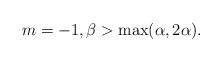
LaTeX: \begin{align*}m=-1, \beta > \max (\alpha,2\alpha).\end{align*}